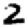
Digit: 2